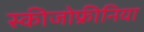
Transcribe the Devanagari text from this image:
स्‍कीजोफ्रीनिया